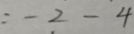
= - 2 - 4